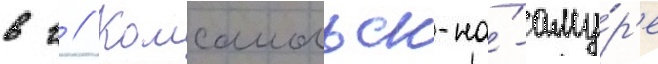
в г // Комсомольск-на́-аму́р'е